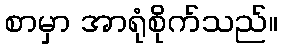
စာမှာ အာရုံစိုက်သည်။